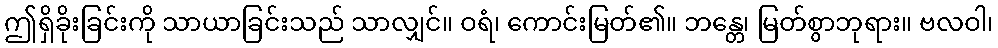
ဤရှိခိုးခြင်းကို သာယာခြင်းသည် သာလျှင်။ ဝရံ၊ ကောင်းမြတ်၏။ ဘန္တေ၊ မြတ်စွာဘုရား။ ဗလဝါ၊